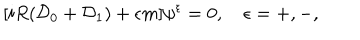
[ i R ( { \cal D } _ { 0 } + { \cal D } _ { 1 } ) + \epsilon m ] \psi ^ { \epsilon } = 0 , \quad \epsilon = + , - ,